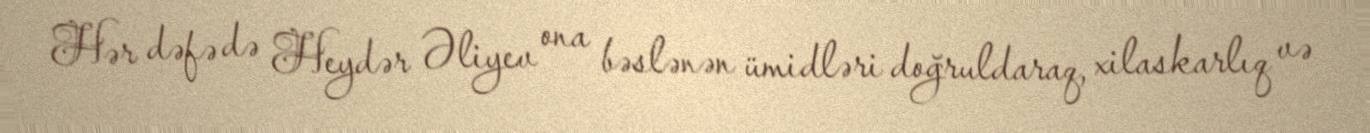
Hər dəfə də Heydər Əliyev ona bəslənən ümidləri doğruldaraq, xilaskarlıq və